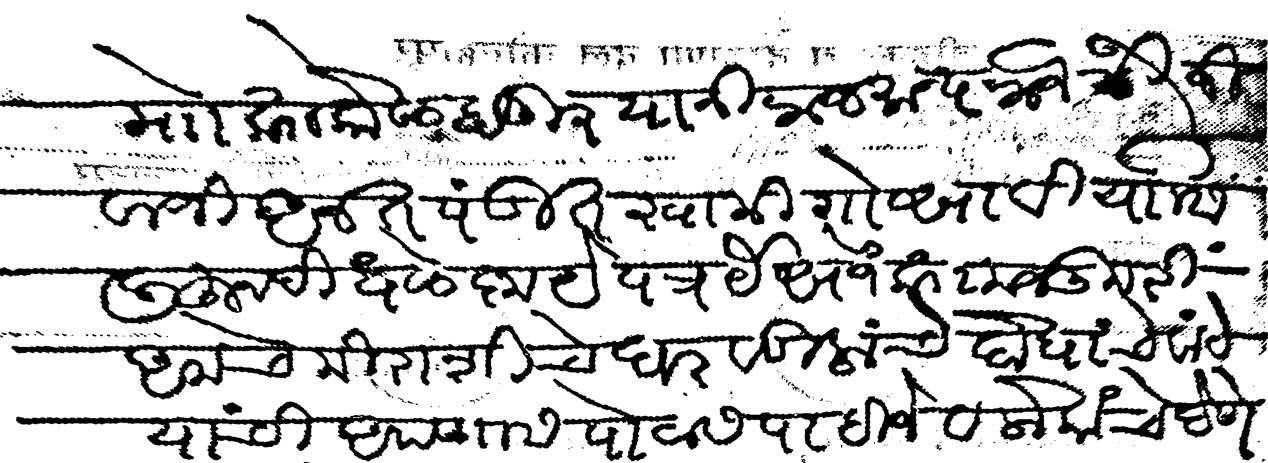
Transliteration (Devanagari): माो काो कोल्हापूर यांनी राजमान्य राजेश्री जीवाजी अनत पंडीत स्वामी गोसावी यांसी लीहुन दीधले कृपेपत्र यैसाजे काा मजकुरी आमचे मीराशीचे घर वडीलांचे दोघांचे वांटे याची आपणास पोटास पाहीजे व लोकाचे देणे